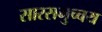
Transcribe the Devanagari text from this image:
सारसमुच्चय